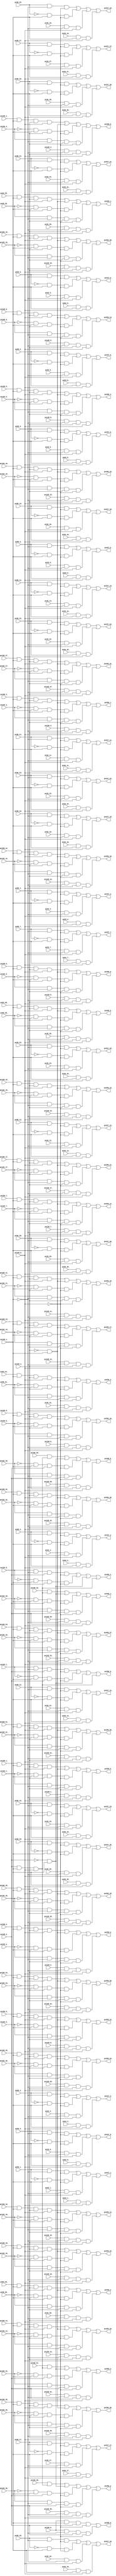
// Benchmark "top" written by ABC on Sat Apr  1 09:44:31 2023

module top ( 
    pv96_30_, pv128_5_, pv160_1_, pv160_12_, pv160_25_, pv96_31_, pv128_6_,
    pv160_2_, pv160_11_, pv160_26_, pv96_10_, pv96_21_, pv128_3_,
    pv160_14_, pv160_27_, pv192_0_, pv96_11_, pv96_20_, pv128_4_, pv160_0_,
    pv160_13_, pv160_28_, pv128_1_, pv160_5_, pv160_29_, pv128_2_,
    pv128_19_, pv160_6_, pv199_4_, pv160_3_, pv160_10_, pv128_0_, pv160_4_,
    pv32_7_, pv32_18_, pv32_29_, pv64_0_, pv96_9_, pv128_29_, pv192_19_,
    pv199_1_, pv32_6_, pv32_19_, pv32_28_, pv64_1_, pv96_8_, pv192_18_,
    pv199_0_, pv32_5_, pv192_17_, pv192_31_, pv199_3_, pv32_4_, pv192_16_,
    pv192_30_, pv32_3_, pv64_4_, pv96_5_, pv128_9_, pv192_15_, pv192_20_,
    pv32_2_, pv64_5_, pv96_4_, pv192_14_, pv192_21_, pv32_1_, pv64_2_,
    pv96_7_, pv128_7_, pv192_13_, pv32_0_, pv64_3_, pv96_6_, pv128_8_,
    pv192_12_, pv32_10_, pv32_21_, pv64_8_, pv64_17_, pv64_28_, pv96_1_,
    pv128_21_, pv192_11_, pv192_24_, pv32_11_, pv32_20_, pv64_9_, pv64_18_,
    pv64_27_, pv96_0_, pv128_22_, pv192_10_, pv192_25_, pv32_12_, pv32_23_,
    pv32_30_, pv64_6_, pv64_15_, pv64_26_, pv96_3_, pv128_10_, pv128_23_,
    pv192_22_, pv32_13_, pv32_22_, pv32_31_, pv64_7_, pv64_16_, pv64_25_,
    pv96_2_, pv128_24_, pv128_31_, pv192_23_, pv32_14_, pv32_25_,
    pv128_25_, pv192_28_, pv32_15_, pv32_24_, pv128_26_, pv192_9_,
    pv192_29_, pv195_0_, pv32_9_, pv32_16_, pv32_27_, pv64_19_, pv128_27_,
    pv192_26_, pv32_8_, pv32_17_, pv32_26_, pv64_29_, pv128_28_, pv192_27_,
    pv64_20_, pv64_31_, pv96_16_, pv96_27_, pv128_16_, pv160_9_, pv160_30_,
    pv192_6_, pv194_0_, pv64_10_, pv96_17_, pv96_26_, pv128_15_, pv160_19_,
    pv192_5_, pv96_18_, pv96_29_, pv128_18_, pv160_7_, pv192_8_, pv96_19_,
    pv96_28_, pv128_17_, pv160_8_, pv160_20_, pv192_7_, pv194_1_, pv64_13_,
    pv64_24_, pv96_12_, pv96_23_, pv128_12_, pv128_30_, pv160_16_,
    pv160_21_, pv192_2_, pv64_14_, pv64_23_, pv96_13_, pv96_22_, pv128_11_,
    pv160_15_, pv160_22_, pv192_1_, pv64_11_, pv64_22_, pv96_14_, pv96_25_,
    pv128_14_, pv160_18_, pv160_23_, pv192_4_, pv64_12_, pv64_21_,
    pv64_30_, pv96_15_, pv96_24_, pv128_13_, pv128_20_, pv160_17_,
    pv160_24_, pv160_31_, pv192_3_,
    pv227_10_, pv227_23_, pv266_6_, pv227_0_, pv227_24_, pv227_21_,
    pv266_4_, pv227_22_, pv266_5_, pv227_27_, pv259_0_, pv227_25_,
    pv259_2_, pv227_26_, pv259_1_, pv227_7_, pv227_18_, pv259_17_,
    pv227_8_, pv227_17_, pv259_16_, pv227_5_, pv227_16_, pv259_19_,
    pv227_6_, pv227_15_, pv259_18_, pv227_3_, pv227_14_, pv259_26_,
    pv266_2_, pv227_4_, pv227_13_, pv227_20_, pv259_27_, pv266_3_,
    pv227_1_, pv227_12_, pv259_28_, pv266_0_, pv227_2_, pv227_11_,
    pv259_29_, pv266_1_, pv259_22_, pv259_23_, pv259_11_, pv259_24_,
    pv259_10_, pv259_25_, pv259_13_, pv259_31_, pv259_12_, pv259_30_,
    pv227_9_, pv259_15_, pv259_20_, pv227_19_, pv259_14_, pv259_21_,
    pv259_4_, pv259_3_, pv259_6_, pv259_5_, pv259_8_, pv259_7_, pv259_9_  );
  input  pv96_30_, pv128_5_, pv160_1_, pv160_12_, pv160_25_, pv96_31_,
    pv128_6_, pv160_2_, pv160_11_, pv160_26_, pv96_10_, pv96_21_, pv128_3_,
    pv160_14_, pv160_27_, pv192_0_, pv96_11_, pv96_20_, pv128_4_, pv160_0_,
    pv160_13_, pv160_28_, pv128_1_, pv160_5_, pv160_29_, pv128_2_,
    pv128_19_, pv160_6_, pv199_4_, pv160_3_, pv160_10_, pv128_0_, pv160_4_,
    pv32_7_, pv32_18_, pv32_29_, pv64_0_, pv96_9_, pv128_29_, pv192_19_,
    pv199_1_, pv32_6_, pv32_19_, pv32_28_, pv64_1_, pv96_8_, pv192_18_,
    pv199_0_, pv32_5_, pv192_17_, pv192_31_, pv199_3_, pv32_4_, pv192_16_,
    pv192_30_, pv32_3_, pv64_4_, pv96_5_, pv128_9_, pv192_15_, pv192_20_,
    pv32_2_, pv64_5_, pv96_4_, pv192_14_, pv192_21_, pv32_1_, pv64_2_,
    pv96_7_, pv128_7_, pv192_13_, pv32_0_, pv64_3_, pv96_6_, pv128_8_,
    pv192_12_, pv32_10_, pv32_21_, pv64_8_, pv64_17_, pv64_28_, pv96_1_,
    pv128_21_, pv192_11_, pv192_24_, pv32_11_, pv32_20_, pv64_9_, pv64_18_,
    pv64_27_, pv96_0_, pv128_22_, pv192_10_, pv192_25_, pv32_12_, pv32_23_,
    pv32_30_, pv64_6_, pv64_15_, pv64_26_, pv96_3_, pv128_10_, pv128_23_,
    pv192_22_, pv32_13_, pv32_22_, pv32_31_, pv64_7_, pv64_16_, pv64_25_,
    pv96_2_, pv128_24_, pv128_31_, pv192_23_, pv32_14_, pv32_25_,
    pv128_25_, pv192_28_, pv32_15_, pv32_24_, pv128_26_, pv192_9_,
    pv192_29_, pv195_0_, pv32_9_, pv32_16_, pv32_27_, pv64_19_, pv128_27_,
    pv192_26_, pv32_8_, pv32_17_, pv32_26_, pv64_29_, pv128_28_, pv192_27_,
    pv64_20_, pv64_31_, pv96_16_, pv96_27_, pv128_16_, pv160_9_, pv160_30_,
    pv192_6_, pv194_0_, pv64_10_, pv96_17_, pv96_26_, pv128_15_, pv160_19_,
    pv192_5_, pv96_18_, pv96_29_, pv128_18_, pv160_7_, pv192_8_, pv96_19_,
    pv96_28_, pv128_17_, pv160_8_, pv160_20_, pv192_7_, pv194_1_, pv64_13_,
    pv64_24_, pv96_12_, pv96_23_, pv128_12_, pv128_30_, pv160_16_,
    pv160_21_, pv192_2_, pv64_14_, pv64_23_, pv96_13_, pv96_22_, pv128_11_,
    pv160_15_, pv160_22_, pv192_1_, pv64_11_, pv64_22_, pv96_14_, pv96_25_,
    pv128_14_, pv160_18_, pv160_23_, pv192_4_, pv64_12_, pv64_21_,
    pv64_30_, pv96_15_, pv96_24_, pv128_13_, pv128_20_, pv160_17_,
    pv160_24_, pv160_31_, pv192_3_;
  output pv227_10_, pv227_23_, pv266_6_, pv227_0_, pv227_24_, pv227_21_,
    pv266_4_, pv227_22_, pv266_5_, pv227_27_, pv259_0_, pv227_25_,
    pv259_2_, pv227_26_, pv259_1_, pv227_7_, pv227_18_, pv259_17_,
    pv227_8_, pv227_17_, pv259_16_, pv227_5_, pv227_16_, pv259_19_,
    pv227_6_, pv227_15_, pv259_18_, pv227_3_, pv227_14_, pv259_26_,
    pv266_2_, pv227_4_, pv227_13_, pv227_20_, pv259_27_, pv266_3_,
    pv227_1_, pv227_12_, pv259_28_, pv266_0_, pv227_2_, pv227_11_,
    pv259_29_, pv266_1_, pv259_22_, pv259_23_, pv259_11_, pv259_24_,
    pv259_10_, pv259_25_, pv259_13_, pv259_31_, pv259_12_, pv259_30_,
    pv227_9_, pv259_15_, pv259_20_, pv227_19_, pv259_14_, pv259_21_,
    pv259_4_, pv259_3_, pv259_6_, pv259_5_, pv259_8_, pv259_7_, pv259_9_;
  wire new_n_n185_, new_n_n224_, new_n_n156_, new_n_n167_, new_n_n180_,
    new_n_n186_, new_n_n225_, new_n_n157_, new_n_n166_, new_n_n181_,
    new_n_n286_, new_n_n297_, new_n_n222_, new_n_n169_, new_n_n182_,
    new_n_n187_, new_n_n287_, new_n_n296_, new_n_n223_, new_n_n155_,
    new_n_n168_, new_n_n135_, new_n_n220_, new_n_n160_, new_n_n136_,
    new_n_n221_, new_n_n238_, new_n_n161_, new_n_n246_, new_n_n158_,
    new_n_n165_, new_n_n219_, new_n_n159_, new_n_n311_, new_n_n322_,
    new_n_n216_, new_n_n248_, new_n_n285_, new_n_n147_, new_n_n206_,
    new_n_n333_, new_n_n310_, new_n_n323_, new_n_n215_, new_n_n249_,
    new_n_n284_, new_n_n205_, new_n_n331_, new_n_n309_, new_n_n204_,
    new_n_n142_, new_n_n149_, new_n_n308_, new_n_n203_, new_n_n141_,
    new_n_n307_, new_n_n252_, new_n_n281_, new_n_n228_, new_n_n202_,
    new_n_n207_, new_n_n306_, new_n_n253_, new_n_n280_, new_n_n201_,
    new_n_n208_, new_n_n305_, new_n_n250_, new_n_n283_, new_n_n226_,
    new_n_n200_, new_n_n304_, new_n_n251_, new_n_n282_, new_n_n227_,
    new_n_n199_, new_n_n314_, new_n_n325_, new_n_n256_, new_n_n265_,
    new_n_n151_, new_n_n277_, new_n_n240_, new_n_n198_, new_n_n211_,
    new_n_n315_, new_n_n324_, new_n_n257_, new_n_n266_, new_n_n275_,
    new_n_n276_, new_n_n241_, new_n_n197_, new_n_n212_, new_n_n316_,
    new_n_n327_, new_n_n217_, new_n_n254_, new_n_n263_, new_n_n274_,
    new_n_n279_, new_n_n229_, new_n_n242_, new_n_n209_, new_n_n317_,
    new_n_n326_, new_n_n218_, new_n_n255_, new_n_n264_, new_n_n273_,
    new_n_n278_, new_n_n243_, new_n_n150_, new_n_n210_, new_n_n318_,
    new_n_n329_, new_n_n244_, new_n_n139_, new_n_n319_, new_n_n328_,
    new_n_n245_, new_n_n196_, new_n_n140_, new_n_n145_, new_n_n313_,
    new_n_n320_, new_n_n332_, new_n_n267_, new_n_n247_, new_n_n213_,
    new_n_n312_, new_n_n321_, new_n_n330_, new_n_n152_, new_n_n146_,
    new_n_n214_, new_n_n268_, new_n_n154_, new_n_n292_, new_n_n303_,
    new_n_n235_, new_n_n164_, new_n_n137_, new_n_n193_, new_n_n143_,
    new_n_n258_, new_n_n293_, new_n_n302_, new_n_n234_, new_n_n174_,
    new_n_n192_, new_n_n294_, new_n_n184_, new_n_n237_, new_n_n162_,
    new_n_n195_, new_n_n295_, new_n_n183_, new_n_n236_, new_n_n163_,
    new_n_n175_, new_n_n194_, new_n_n144_, new_n_n261_, new_n_n272_,
    new_n_n288_, new_n_n299_, new_n_n231_, new_n_n148_, new_n_n171_,
    new_n_n176_, new_n_n189_, new_n_n262_, new_n_n271_, new_n_n289_,
    new_n_n298_, new_n_n230_, new_n_n170_, new_n_n177_, new_n_n188_,
    new_n_n259_, new_n_n270_, new_n_n290_, new_n_n301_, new_n_n233_,
    new_n_n173_, new_n_n178_, new_n_n191_, new_n_n260_, new_n_n269_,
    new_n_n153_, new_n_n291_, new_n_n300_, new_n_n232_, new_n_n239_,
    new_n_n172_, new_n_n179_, new_n_n138_, new_n_n190_, new_nv268_,
    new_nv290_, new_n_n132_, new_nv305_, new_n_n121_, new_nv316_,
    new_n_n110_, new_nv329_, new_nv340_, new_nv401_, new_nv413_,
    new_nv424_, new_nv435_, new_nv445_, new_n_n99_, new_nv456_, new_nv481_,
    new_nv492_, new_nv503_, new_nv546_, new_nv557_, new_nv568_, new_nv291_,
    new_nv299_, new_n_n126_, new_nv310_, new_n_n115_, new_nv321_,
    new_nv330_, new_nv339_, new_nv391_, new_nv414_, new_nv423_, new_nv436_,
    new_n_n105_, new_nv451_, new_n_n94_, new_nv482_, new_nv491_,
    new_nv504_, new_nv545_, new_nv558_, new_nv567_, new_nv292_,
    new_n_n131_, new_nv304_, new_n_n122_, new_nv317_, new_n_n109_,
    new_nv327_, new_nv338_, new_nv392_, new_nv403_, new_nv422_, new_nv437_,
    new_nv446_, new_n_n100_, new_nv455_, new_nv468_, new_n_n76_,
    new_nv505_, new_nv548_, new_nv555_, new_nv566_, new_nv293_, new_nv300_,
    new_n_n127_, new_nv309_, new_n_n114_, new_nv322_, new_nv328_,
    new_nv337_, new_nv393_, new_nv402_, new_nv412_, new_nv438_,
    new_n_n104_, new_nv450_, new_n_n95_, new_n_n81_, new_nv473_,
    new_nv506_, new_nv547_, new_nv556_, new_nv565_, new_nv272_, new_nv283_,
    new_nv318_, new_n_n108_, new_nv344_, new_nv383_, new_nv439_,
    new_nv447_, new_n_n97_, new_nv458_, new_n_n86_, new_nv539_, new_nv550_,
    new_nv561_, new_nv574_, new_n_n7_, new_nv273_, new_nv282_, new_n_n113_,
    new_nv323_, new_nv345_, new_nv382_, new_nv440_, new_n_n103_,
    new_n_n92_, new_n_n91_, new_nv463_, new_nv540_, new_nv549_, new_nv562_,
    new_nv572_, new_nv270_, new_nv281_, new_nv331_, new_nv342_, new_nv381_,
    new_nv441_, new_n_n98_, new_nv457_, new_nv541_, new_nv552_, new_nv559_,
    new_nv570_, new_nv269_, new_nv271_, new_nv280_, new_nv332_, new_nv341_,
    new_nv343_, new_n_n102_, new_nv452_, new_n_n93_, new_nv542_,
    new_nv551_, new_nv560_, new_nv569_, new_nv276_, new_nv287_, new_nv298_,
    new_n_n128_, new_nv348_, new_nv387_, new_nv398_, new_nv410_,
    new_nv421_, new_nv460_, new_n_n84_, new_nv471_, new_nv478_, new_nv489_,
    new_nv500_, new_n_n3_, new_nv277_, new_nv286_, new_n_n133_, new_nv303_,
    new_nv349_, new_nv386_, new_nv399_, new_nv408_, new_nv431_, new_n_n89_,
    new_nv465_, new_n_n78_, new_nv477_, new_nv490_, new_nv499_, new_n_n4_,
    new_nv274_, new_nv285_, new_nv308_, new_n_n118_, new_nv346_,
    new_nv385_, new_nv400_, new_nv419_, new_nv430_, new_nv459_, new_n_n85_,
    new_nv472_, new_nv480_, new_nv487_, new_nv498_, new_n_n5_, new_nv275_,
    new_nv284_, new_n_n123_, new_nv313_, new_nv347_, new_nv384_,
    new_nv411_, new_nv420_, new_nv429_, new_n_n90_, new_nv464_, new_n_n77_,
    new_nv479_, new_nv488_, new_nv497_, new_n_n6_, new_nv294_, new_n_n130_,
    new_nv307_, new_n_n119_, new_nv314_, new_n_n112_, new_nv325_,
    new_nv336_, new_nv352_, new_nv394_, new_nv405_, new_nv417_, new_nv428_,
    new_nv443_, new_n_n101_, new_nv454_, new_nv462_, new_n_n82_,
    new_nv469_, new_n_n75_, new_nv485_, new_nv496_, new_nv553_, new_nv564_,
    new_nv573_, new_nv295_, new_nv301_, new_n_n124_, new_nv312_,
    new_n_n117_, new_nv319_, new_nv326_, new_nv335_, new_nv390_,
    new_nv395_, new_nv404_, new_nv418_, new_nv427_, new_nv432_, new_nv449_,
    new_n_n96_, new_n_n87_, new_nv467_, new_n_n80_, new_nv474_, new_nv486_,
    new_nv495_, new_nv554_, new_nv563_, new_nv578_, new_nv278_, new_nv289_,
    new_nv297_, new_n_n129_, new_nv306_, new_n_n120_, new_nv315_,
    new_n_n111_, new_nv324_, new_nv334_, new_nv350_, new_nv389_,
    new_nv396_, new_nv407_, new_nv415_, new_nv426_, new_nv433_, new_nv444_,
    new_nv453_, new_nv461_, new_n_n83_, new_nv470_, new_nv476_, new_nv483_,
    new_nv494_, new_nv501_, new_nv544_, new_nv604_, new_nv279_, new_nv288_,
    new_n_n134_, new_nv302_, new_n_n125_, new_nv311_, new_n_n116_,
    new_nv320_, new_n_n107_, new_nv333_, new_nv351_, new_nv388_,
    new_nv397_, new_nv406_, new_nv416_, new_nv425_, new_nv434_,
    new_n_n106_, new_nv448_, new_n_n88_, new_nv466_, new_n_n79_,
    new_nv475_, new_nv484_, new_nv493_, new_nv502_, new_nv543_, new_n_n2_,
    new_nv580_, new_n_n68_, new_nv602_, new_n_n59_, new_n_n48_, new_n_n74_,
    new_nv586_, new_nv601_, new_n_n58_, new_n_n49_, new_nv579_, new_nv587_,
    new_nv605_, new_n_n61_, new_n_n50_, new_nv577_, new_nv588_, new_nv603_,
    new_n_n60_, new_n_n51_, new_nv571_, new_nv576_, new_n_n41_, new_n_n30_,
    new_n_n19_, new_n_n8_, new_nv575_, new_n_n40_, new_n_n31_, new_n_n18_,
    new_n_n9_, new_n_n39_, new_n_n28_, new_n_n21_, new_n_n10_, new_n_n38_,
    new_n_n29_, new_n_n20_, new_n_n11_, new_n_n67_, new_n_n56_, new_n_n45_,
    new_n_n34_, new_n_n23_, new_n_n12_, new_n_n66_, new_n_n57_, new_n_n44_,
    new_n_n35_, new_n_n22_, new_n_n13_, new_n_n71_, new_nv590_, new_n_n43_,
    new_n_n32_, new_n_n25_, new_n_n14_, new_nv583_, new_nv589_, new_n_n42_,
    new_n_n33_, new_n_n24_, new_n_n15_, new_nv582_, new_n_n70_, new_nv598_,
    new_n_n63_, new_n_n52_, new_n_n27_, new_n_n16_, new_n_n72_, new_nv584_,
    new_nv597_, new_n_n62_, new_n_n53_, new_n_n26_, new_n_n17_, new_nv581_,
    new_n_n69_, new_nv600_, new_n_n65_, new_n_n54_, new_n_n47_, new_n_n36_,
    new_n_n73_, new_nv585_, new_nv599_, new_n_n64_, new_n_n55_, new_n_n46_,
    new_n_n37_;
  assign new_n_n185_ = pv96_30_;
  assign new_n_n224_ = pv128_5_;
  assign new_n_n156_ = pv160_1_;
  assign new_n_n167_ = pv160_12_;
  assign new_n_n180_ = pv160_25_;
  assign pv227_10_ = new_n_n117_;
  assign pv227_23_ = new_n_n130_;
  assign pv266_6_ = new_n_n74_;
  assign new_n_n186_ = pv96_31_;
  assign new_n_n225_ = pv128_6_;
  assign new_n_n157_ = pv160_2_;
  assign new_n_n166_ = pv160_11_;
  assign new_n_n181_ = pv160_26_;
  assign pv227_0_ = new_n_n107_;
  assign pv227_24_ = new_n_n131_;
  assign new_n_n286_ = pv96_10_;
  assign new_n_n297_ = pv96_21_;
  assign new_n_n222_ = pv128_3_;
  assign new_n_n169_ = pv160_14_;
  assign new_n_n182_ = pv160_27_;
  assign new_n_n187_ = pv192_0_;
  assign pv227_21_ = new_n_n128_;
  assign pv266_4_ = new_n_n72_;
  assign new_n_n287_ = pv96_11_;
  assign new_n_n296_ = pv96_20_;
  assign new_n_n223_ = pv128_4_;
  assign new_n_n155_ = pv160_0_;
  assign new_n_n168_ = pv160_13_;
  assign new_n_n135_ = pv160_28_;
  assign pv227_22_ = new_n_n129_;
  assign pv266_5_ = new_n_n73_;
  assign new_n_n220_ = pv128_1_;
  assign new_n_n160_ = pv160_5_;
  assign new_n_n136_ = pv160_29_;
  assign pv227_27_ = new_n_n134_;
  assign pv259_0_ = new_n_n75_;
  assign new_n_n221_ = pv128_2_;
  assign new_n_n238_ = pv128_19_;
  assign new_n_n161_ = pv160_6_;
  assign new_n_n246_ = pv199_4_;
  assign new_n_n158_ = pv160_3_;
  assign new_n_n165_ = pv160_10_;
  assign pv227_25_ = new_n_n132_;
  assign pv259_2_ = new_n_n77_;
  assign new_n_n219_ = pv128_0_;
  assign new_n_n159_ = pv160_4_;
  assign pv227_26_ = new_n_n133_;
  assign pv259_1_ = new_n_n76_;
  assign new_n_n311_ = pv32_7_;
  assign new_n_n322_ = pv32_18_;
  assign new_n_n216_ = pv32_29_;
  assign new_n_n248_ = pv64_0_;
  assign new_n_n285_ = pv96_9_;
  assign new_n_n147_ = pv128_29_;
  assign new_n_n206_ = pv192_19_;
  assign new_n_n333_ = pv199_1_;
  assign pv227_7_ = new_n_n114_;
  assign pv227_18_ = new_n_n125_;
  assign pv259_17_ = new_n_n92_;
  assign new_n_n310_ = pv32_6_;
  assign new_n_n323_ = pv32_19_;
  assign new_n_n215_ = pv32_28_;
  assign new_n_n249_ = pv64_1_;
  assign new_n_n284_ = pv96_8_;
  assign new_n_n205_ = pv192_18_;
  assign new_n_n331_ = pv199_0_;
  assign pv227_8_ = new_n_n115_;
  assign pv227_17_ = new_n_n124_;
  assign pv259_16_ = new_n_n91_;
  assign new_n_n309_ = pv32_5_;
  assign new_n_n204_ = pv192_17_;
  assign new_n_n142_ = pv192_31_;
  assign new_n_n149_ = pv199_3_;
  assign pv227_5_ = new_n_n112_;
  assign pv227_16_ = new_n_n123_;
  assign pv259_19_ = new_n_n94_;
  assign new_n_n308_ = pv32_4_;
  assign new_n_n203_ = pv192_16_;
  assign new_n_n141_ = pv192_30_;
  assign pv227_6_ = new_n_n113_;
  assign pv227_15_ = new_n_n122_;
  assign pv259_18_ = new_n_n93_;
  assign new_n_n307_ = pv32_3_;
  assign new_n_n252_ = pv64_4_;
  assign new_n_n281_ = pv96_5_;
  assign new_n_n228_ = pv128_9_;
  assign new_n_n202_ = pv192_15_;
  assign new_n_n207_ = pv192_20_;
  assign pv227_3_ = new_n_n110_;
  assign pv227_14_ = new_n_n121_;
  assign pv259_26_ = new_n_n101_;
  assign pv266_2_ = new_n_n70_;
  assign new_n_n306_ = pv32_2_;
  assign new_n_n253_ = pv64_5_;
  assign new_n_n280_ = pv96_4_;
  assign new_n_n201_ = pv192_14_;
  assign new_n_n208_ = pv192_21_;
  assign pv227_4_ = new_n_n111_;
  assign pv227_13_ = new_n_n120_;
  assign pv227_20_ = new_n_n127_;
  assign pv259_27_ = new_n_n102_;
  assign pv266_3_ = new_n_n71_;
  assign new_n_n305_ = pv32_1_;
  assign new_n_n250_ = pv64_2_;
  assign new_n_n283_ = pv96_7_;
  assign new_n_n226_ = pv128_7_;
  assign new_n_n200_ = pv192_13_;
  assign pv227_1_ = new_n_n108_;
  assign pv227_12_ = new_n_n119_;
  assign pv259_28_ = new_n_n103_;
  assign pv266_0_ = new_n_n68_;
  assign new_n_n304_ = pv32_0_;
  assign new_n_n251_ = pv64_3_;
  assign new_n_n282_ = pv96_6_;
  assign new_n_n227_ = pv128_8_;
  assign new_n_n199_ = pv192_12_;
  assign pv227_2_ = new_n_n109_;
  assign pv227_11_ = new_n_n118_;
  assign pv259_29_ = new_n_n104_;
  assign pv266_1_ = new_n_n69_;
  assign new_n_n314_ = pv32_10_;
  assign new_n_n325_ = pv32_21_;
  assign new_n_n256_ = pv64_8_;
  assign new_n_n265_ = pv64_17_;
  assign new_n_n151_ = pv64_28_;
  assign new_n_n277_ = pv96_1_;
  assign new_n_n240_ = pv128_21_;
  assign new_n_n198_ = pv192_11_;
  assign new_n_n211_ = pv192_24_;
  assign pv259_22_ = new_n_n97_;
  assign new_n_n315_ = pv32_11_;
  assign new_n_n324_ = pv32_20_;
  assign new_n_n257_ = pv64_9_;
  assign new_n_n266_ = pv64_18_;
  assign new_n_n275_ = pv64_27_;
  assign new_n_n276_ = pv96_0_;
  assign new_n_n241_ = pv128_22_;
  assign new_n_n197_ = pv192_10_;
  assign new_n_n212_ = pv192_25_;
  assign pv259_23_ = new_n_n98_;
  assign new_n_n316_ = pv32_12_;
  assign new_n_n327_ = pv32_23_;
  assign new_n_n217_ = pv32_30_;
  assign new_n_n254_ = pv64_6_;
  assign new_n_n263_ = pv64_15_;
  assign new_n_n274_ = pv64_26_;
  assign new_n_n279_ = pv96_3_;
  assign new_n_n229_ = pv128_10_;
  assign new_n_n242_ = pv128_23_;
  assign new_n_n209_ = pv192_22_;
  assign pv259_11_ = new_n_n86_;
  assign pv259_24_ = new_n_n99_;
  assign new_n_n317_ = pv32_13_;
  assign new_n_n326_ = pv32_22_;
  assign new_n_n218_ = pv32_31_;
  assign new_n_n255_ = pv64_7_;
  assign new_n_n264_ = pv64_16_;
  assign new_n_n273_ = pv64_25_;
  assign new_n_n278_ = pv96_2_;
  assign new_n_n243_ = pv128_24_;
  assign new_n_n150_ = pv128_31_;
  assign new_n_n210_ = pv192_23_;
  assign pv259_10_ = new_n_n85_;
  assign pv259_25_ = new_n_n100_;
  assign new_n_n318_ = pv32_14_;
  assign new_n_n329_ = pv32_25_;
  assign new_n_n244_ = pv128_25_;
  assign new_n_n139_ = pv192_28_;
  assign pv259_13_ = new_n_n88_;
  assign pv259_31_ = new_n_n106_;
  assign new_n_n319_ = pv32_15_;
  assign new_n_n328_ = pv32_24_;
  assign new_n_n245_ = pv128_26_;
  assign new_n_n196_ = pv192_9_;
  assign new_n_n140_ = pv192_29_;
  assign new_n_n145_ = pv195_0_;
  assign pv259_12_ = new_n_n87_;
  assign pv259_30_ = new_n_n105_;
  assign new_n_n313_ = pv32_9_;
  assign new_n_n320_ = pv32_16_;
  assign new_n_n332_ = pv32_27_;
  assign new_n_n267_ = pv64_19_;
  assign new_n_n247_ = pv128_27_;
  assign new_n_n213_ = pv192_26_;
  assign pv227_9_ = new_n_n116_;
  assign pv259_15_ = new_n_n90_;
  assign pv259_20_ = new_n_n95_;
  assign new_n_n312_ = pv32_8_;
  assign new_n_n321_ = pv32_17_;
  assign new_n_n330_ = pv32_26_;
  assign new_n_n152_ = pv64_29_;
  assign new_n_n146_ = pv128_28_;
  assign new_n_n214_ = pv192_27_;
  assign pv227_19_ = new_n_n126_;
  assign pv259_14_ = new_n_n89_;
  assign pv259_21_ = new_n_n96_;
  assign new_n_n268_ = pv64_20_;
  assign new_n_n154_ = pv64_31_;
  assign new_n_n292_ = pv96_16_;
  assign new_n_n303_ = pv96_27_;
  assign new_n_n235_ = pv128_16_;
  assign new_n_n164_ = pv160_9_;
  assign new_n_n137_ = pv160_30_;
  assign new_n_n193_ = pv192_6_;
  assign new_n_n143_ = pv194_0_;
  assign pv259_4_ = new_n_n79_;
  assign new_n_n258_ = pv64_10_;
  assign new_n_n293_ = pv96_17_;
  assign new_n_n302_ = pv96_26_;
  assign new_n_n234_ = pv128_15_;
  assign new_n_n174_ = pv160_19_;
  assign new_n_n192_ = pv192_5_;
  assign pv259_3_ = new_n_n78_;
  assign new_n_n294_ = pv96_18_;
  assign new_n_n184_ = pv96_29_;
  assign new_n_n237_ = pv128_18_;
  assign new_n_n162_ = pv160_7_;
  assign new_n_n195_ = pv192_8_;
  assign pv259_6_ = new_n_n81_;
  assign new_n_n295_ = pv96_19_;
  assign new_n_n183_ = pv96_28_;
  assign new_n_n236_ = pv128_17_;
  assign new_n_n163_ = pv160_8_;
  assign new_n_n175_ = pv160_20_;
  assign new_n_n194_ = pv192_7_;
  assign new_n_n144_ = pv194_1_;
  assign pv259_5_ = new_n_n80_;
  assign new_n_n261_ = pv64_13_;
  assign new_n_n272_ = pv64_24_;
  assign new_n_n288_ = pv96_12_;
  assign new_n_n299_ = pv96_23_;
  assign new_n_n231_ = pv128_12_;
  assign new_n_n148_ = pv128_30_;
  assign new_n_n171_ = pv160_16_;
  assign new_n_n176_ = pv160_21_;
  assign new_n_n189_ = pv192_2_;
  assign pv259_8_ = new_n_n83_;
  assign new_n_n262_ = pv64_14_;
  assign new_n_n271_ = pv64_23_;
  assign new_n_n289_ = pv96_13_;
  assign new_n_n298_ = pv96_22_;
  assign new_n_n230_ = pv128_11_;
  assign new_n_n170_ = pv160_15_;
  assign new_n_n177_ = pv160_22_;
  assign new_n_n188_ = pv192_1_;
  assign pv259_7_ = new_n_n82_;
  assign new_n_n259_ = pv64_11_;
  assign new_n_n270_ = pv64_22_;
  assign new_n_n290_ = pv96_14_;
  assign new_n_n301_ = pv96_25_;
  assign new_n_n233_ = pv128_14_;
  assign new_n_n173_ = pv160_18_;
  assign new_n_n178_ = pv160_23_;
  assign new_n_n191_ = pv192_4_;
  assign new_n_n260_ = pv64_12_;
  assign new_n_n269_ = pv64_21_;
  assign new_n_n153_ = pv64_30_;
  assign new_n_n291_ = pv96_15_;
  assign new_n_n300_ = pv96_24_;
  assign new_n_n232_ = pv128_13_;
  assign new_n_n239_ = pv128_20_;
  assign new_n_n172_ = pv160_17_;
  assign new_n_n179_ = pv160_24_;
  assign new_n_n138_ = pv160_31_;
  assign new_n_n190_ = pv192_3_;
  assign pv259_9_ = new_n_n84_;
  assign new_nv268_ = new_n_n332_ & new_nv573_ & new_n_n331_;
  assign new_nv290_ = new_n_n309_ & new_nv573_ & new_n_n331_;
  assign new_n_n132_ = new_nv299_ | new_nv383_ | new_nv270_ | new_nv327_;
  assign new_nv305_ = new_n_n295_ & new_nv573_ & new_nv578_;
  assign new_n_n121_ = new_nv310_ | new_nv394_ | new_nv281_ | new_nv338_;
  assign new_nv316_ = new_n_n284_ & new_nv573_ & new_nv578_;
  assign new_n_n110_ = new_nv321_ | new_nv405_ | new_nv292_ | new_nv349_;
  assign new_nv329_ = new_n_n271_ & new_n_n333_ & new_n_n331_;
  assign new_nv340_ = new_n_n260_ & new_n_n333_ & new_n_n331_;
  assign new_nv401_ = new_n_n9_ & new_n_n333_ & new_nv578_;
  assign new_nv413_ = new_n_n243_ & new_nv573_ & new_n_n246_ & new_n_n331_;
  assign new_nv424_ = new_n_n232_ & new_nv573_ & new_n_n246_ & new_n_n331_;
  assign new_nv435_ = new_n_n221_ & new_nv573_ & new_n_n246_ & new_n_n331_;
  assign new_nv445_ = new_n_n212_ & new_nv573_ & new_n_n246_ & new_nv578_;
  assign new_n_n99_ = new_nv482_ | new_nv572_ | new_nv546_ | new_nv450_ | new_nv417_;
  assign new_nv456_ = new_n_n201_ & new_nv573_ & new_n_n246_ & new_nv578_;
  assign new_nv481_ = new_n_n176_ & new_n_n333_ & new_n_n246_ & new_n_n331_;
  assign new_nv492_ = new_n_n165_ & new_n_n333_ & new_n_n246_ & new_n_n331_;
  assign new_nv503_ = new_n_n154_ & new_n_n333_ & new_n_n246_ & new_n_n331_;
  assign new_nv546_ = new_n_n54_ & new_n_n333_ & new_n_n246_ & new_nv578_;
  assign new_nv557_ = new_n_n43_ & new_n_n333_ & new_n_n246_ & new_nv578_;
  assign new_nv568_ = new_n_n32_ & new_n_n333_ & new_n_n246_ & new_nv578_;
  assign new_nv291_ = new_n_n308_ & new_nv573_ & new_n_n331_;
  assign new_nv299_ = new_n_n301_ & new_nv573_ & new_nv578_;
  assign new_n_n126_ = new_nv305_ | new_nv389_ | new_nv276_ | new_nv333_;
  assign new_nv310_ = new_n_n290_ & new_nv573_ & new_nv578_;
  assign new_n_n115_ = new_nv316_ | new_nv400_ | new_nv287_ | new_nv344_;
  assign new_nv321_ = new_n_n279_ & new_nv573_ & new_nv578_;
  assign new_nv330_ = new_n_n270_ & new_n_n333_ & new_n_n331_;
  assign new_nv339_ = new_n_n261_ & new_n_n333_ & new_n_n331_;
  assign new_nv391_ = new_n_n19_ & new_n_n333_ & new_nv578_;
  assign new_nv414_ = new_n_n242_ & new_nv573_ & new_n_n246_ & new_n_n331_;
  assign new_nv423_ = new_n_n233_ & new_nv573_ & new_n_n246_ & new_n_n331_;
  assign new_nv436_ = new_n_n220_ & new_nv573_ & new_n_n246_ & new_n_n331_;
  assign new_n_n105_ = new_nv476_ | new_nv572_ | new_nv540_ | new_nv444_ | new_nv411_;
  assign new_nv451_ = new_n_n206_ & new_nv573_ & new_n_n246_ & new_nv578_;
  assign new_n_n94_ = new_nv487_ | new_nv572_ | new_nv551_ | new_nv455_ | new_nv422_;
  assign new_nv482_ = new_n_n175_ & new_n_n333_ & new_n_n246_ & new_n_n331_;
  assign new_nv491_ = new_n_n166_ & new_n_n333_ & new_n_n246_ & new_n_n331_;
  assign new_nv504_ = new_n_n153_ & new_n_n333_ & new_n_n246_ & new_n_n331_;
  assign new_nv545_ = new_n_n55_ & new_n_n333_ & new_n_n246_ & new_nv578_;
  assign new_nv558_ = new_n_n42_ & new_n_n333_ & new_n_n246_ & new_nv578_;
  assign new_nv567_ = new_n_n33_ & new_n_n333_ & new_n_n246_ & new_nv578_;
  assign new_nv292_ = new_n_n307_ & new_nv573_ & new_n_n331_;
  assign new_n_n131_ = new_nv300_ | new_nv384_ | new_nv271_ | new_nv328_;
  assign new_nv304_ = new_n_n296_ & new_nv573_ & new_nv578_;
  assign new_n_n122_ = new_nv309_ | new_nv393_ | new_nv280_ | new_nv337_;
  assign new_nv317_ = new_n_n283_ & new_nv573_ & new_nv578_;
  assign new_n_n109_ = new_nv322_ | new_nv406_ | new_nv293_ | new_nv350_;
  assign new_nv327_ = new_n_n273_ & new_n_n333_ & new_n_n331_;
  assign new_nv338_ = new_n_n262_ & new_n_n333_ & new_n_n331_;
  assign new_nv392_ = new_n_n18_ & new_n_n333_ & new_nv578_;
  assign new_nv403_ = new_n_n7_ & new_n_n333_ & new_nv578_;
  assign new_nv422_ = new_n_n234_ & new_nv573_ & new_n_n246_ & new_n_n331_;
  assign new_nv437_ = new_n_n219_ & new_nv573_ & new_n_n246_ & new_n_n331_;
  assign new_nv446_ = new_n_n211_ & new_nv573_ & new_n_n246_ & new_nv578_;
  assign new_n_n100_ = new_nv481_ | new_nv572_ | new_nv545_ | new_nv449_ | new_nv416_;
  assign new_nv455_ = new_n_n202_ & new_nv573_ & new_n_n246_ & new_nv578_;
  assign new_nv468_ = new_n_n189_ & new_nv573_ & new_n_n246_ & new_nv578_;
  assign new_n_n76_ = new_nv505_ | new_nv572_ | new_nv569_ | new_nv473_ | new_nv440_;
  assign new_nv505_ = new_n_n152_ & new_n_n333_ & new_n_n246_ & new_n_n331_;
  assign new_nv548_ = new_n_n52_ & new_n_n333_ & new_n_n246_ & new_nv578_;
  assign new_nv555_ = new_n_n45_ & new_n_n333_ & new_n_n246_ & new_nv578_;
  assign new_nv566_ = new_n_n34_ & new_n_n333_ & new_n_n246_ & new_nv578_;
  assign new_nv293_ = new_n_n306_ & new_nv573_ & new_n_n331_;
  assign new_nv300_ = new_n_n300_ & new_nv573_ & new_nv578_;
  assign new_n_n127_ = new_nv304_ | new_nv388_ | new_nv275_ | new_nv332_;
  assign new_nv309_ = new_n_n291_ & new_nv573_ & new_nv578_;
  assign new_n_n114_ = new_nv317_ | new_nv401_ | new_nv288_ | new_nv345_;
  assign new_nv322_ = new_n_n278_ & new_nv573_ & new_nv578_;
  assign new_nv328_ = new_n_n272_ & new_n_n333_ & new_n_n331_;
  assign new_nv337_ = new_n_n263_ & new_n_n333_ & new_n_n331_;
  assign new_nv393_ = new_n_n17_ & new_n_n333_ & new_nv578_;
  assign new_nv402_ = new_n_n8_ & new_n_n333_ & new_nv578_;
  assign new_nv412_ = new_n_n244_ & new_nv573_ & new_n_n246_ & new_n_n331_;
  assign new_nv438_ = new_n_n218_ & new_nv573_ & new_n_n246_ & new_n_n331_;
  assign new_n_n104_ = new_nv477_ | new_nv572_ | new_nv541_ | new_nv445_ | new_nv412_;
  assign new_nv450_ = new_n_n207_ & new_nv573_ & new_n_n246_ & new_nv578_;
  assign new_n_n95_ = new_nv486_ | new_nv572_ | new_nv550_ | new_nv454_ | new_nv421_;
  assign new_n_n81_ = new_nv500_ | new_nv572_ | new_nv564_ | new_nv468_ | new_nv435_;
  assign new_nv473_ = new_n_n184_ & new_nv573_ & new_n_n246_ & new_nv578_;
  assign new_nv506_ = new_n_n151_ & new_n_n333_ & new_n_n246_ & new_n_n331_;
  assign new_nv547_ = new_n_n53_ & new_n_n333_ & new_n_n246_ & new_nv578_;
  assign new_nv556_ = new_n_n44_ & new_n_n333_ & new_n_n246_ & new_nv578_;
  assign new_nv565_ = new_n_n35_ & new_n_n333_ & new_n_n246_ & new_nv578_;
  assign new_nv272_ = new_n_n327_ & new_nv573_ & new_n_n331_;
  assign new_nv283_ = new_n_n316_ & new_nv573_ & new_n_n331_;
  assign new_nv318_ = new_n_n282_ & new_nv573_ & new_nv578_;
  assign new_n_n108_ = new_nv323_ | new_nv407_ | new_nv294_ | new_nv351_;
  assign new_nv344_ = new_n_n256_ & new_n_n333_ & new_n_n331_;
  assign new_nv383_ = new_n_n27_ & new_n_n333_ & new_nv578_;
  assign new_nv439_ = new_n_n217_ & new_nv573_ & new_n_n246_ & new_n_n331_;
  assign new_nv447_ = new_n_n210_ & new_nv573_ & new_n_n246_ & new_nv578_;
  assign new_n_n97_ = new_nv484_ | new_nv572_ | new_nv548_ | new_nv452_ | new_nv419_;
  assign new_nv458_ = new_n_n199_ & new_nv573_ & new_n_n246_ & new_nv578_;
  assign new_n_n86_ = new_nv495_ | new_nv572_ | new_nv559_ | new_nv463_ | new_nv430_;
  assign new_nv539_ = new_n_n61_ & new_n_n333_ & new_n_n246_ & new_nv578_;
  assign new_nv550_ = new_n_n50_ & new_n_n333_ & new_n_n246_ & new_nv578_;
  assign new_nv561_ = new_n_n39_ & new_n_n333_ & new_n_n246_ & new_nv578_;
  assign new_nv574_ = new_n_n150_ & new_nv573_ & new_n_n149_ & new_n_n331_;
  assign new_n_n7_ = ~new_n_n281_;
  assign new_nv273_ = new_n_n326_ & new_nv573_ & new_n_n331_;
  assign new_nv282_ = new_n_n317_ & new_nv573_ & new_n_n331_;
  assign new_n_n113_ = new_nv318_ | new_nv402_ | new_nv289_ | new_nv346_;
  assign new_nv323_ = new_n_n277_ & new_nv573_ & new_nv578_;
  assign new_nv345_ = new_n_n255_ & new_n_n333_ & new_n_n331_;
  assign new_nv382_ = new_n_n28_ & new_n_n333_ & new_nv578_;
  assign new_nv440_ = new_n_n216_ & new_nv573_ & new_n_n246_ & new_n_n331_;
  assign new_n_n103_ = new_nv478_ | new_nv572_ | new_nv542_ | new_nv446_ | new_nv413_;
  assign new_n_n92_ = new_nv489_ | new_nv572_ | new_nv553_ | new_nv457_ | new_nv424_;
  assign new_n_n91_ = new_nv490_ | new_nv572_ | new_nv554_ | new_nv458_ | new_nv425_;
  assign new_nv463_ = new_n_n194_ & new_nv573_ & new_n_n246_ & new_nv578_;
  assign new_nv540_ = new_n_n60_ & new_n_n333_ & new_n_n246_ & new_nv578_;
  assign new_nv549_ = new_n_n51_ & new_n_n333_ & new_n_n246_ & new_nv578_;
  assign new_nv562_ = new_n_n38_ & new_n_n333_ & new_n_n246_ & new_nv578_;
  assign new_nv572_ = new_nv571_ & new_n_n333_;
  assign new_nv270_ = new_n_n329_ & new_nv573_ & new_n_n331_;
  assign new_nv281_ = new_n_n318_ & new_nv573_ & new_n_n331_;
  assign new_nv331_ = new_n_n269_ & new_n_n333_ & new_n_n331_;
  assign new_nv342_ = new_n_n258_ & new_n_n333_ & new_n_n331_;
  assign new_nv381_ = new_n_n29_ & new_n_n333_ & new_nv578_;
  assign new_nv441_ = new_n_n215_ & new_nv573_ & new_n_n246_ & new_n_n331_;
  assign new_n_n98_ = new_nv483_ | new_nv572_ | new_nv547_ | new_nv451_ | new_nv418_;
  assign new_nv457_ = new_n_n200_ & new_nv573_ & new_n_n246_ & new_nv578_;
  assign new_nv541_ = new_n_n59_ & new_n_n333_ & new_n_n246_ & new_nv578_;
  assign new_nv552_ = new_n_n48_ & new_n_n333_ & new_n_n246_ & new_nv578_;
  assign new_nv559_ = new_n_n41_ & new_n_n333_ & new_n_n246_ & new_nv578_;
  assign new_nv570_ = new_n_n30_ & new_n_n333_ & new_n_n246_ & new_nv578_;
  assign new_nv269_ = new_n_n330_ & new_nv573_ & new_n_n331_;
  assign new_nv271_ = new_n_n328_ & new_nv573_ & new_n_n331_;
  assign new_nv280_ = new_n_n319_ & new_nv573_ & new_n_n331_;
  assign new_nv332_ = new_n_n268_ & new_n_n333_ & new_n_n331_;
  assign new_nv341_ = new_n_n259_ & new_n_n333_ & new_n_n331_;
  assign new_nv343_ = new_n_n257_ & new_n_n333_ & new_n_n331_;
  assign new_n_n102_ = new_nv479_ | new_nv572_ | new_nv543_ | new_nv447_ | new_nv414_;
  assign new_nv452_ = new_n_n205_ & new_nv573_ & new_n_n246_ & new_nv578_;
  assign new_n_n93_ = new_nv488_ | new_nv572_ | new_nv552_ | new_nv456_ | new_nv423_;
  assign new_nv542_ = new_n_n58_ & new_n_n333_ & new_n_n246_ & new_nv578_;
  assign new_nv551_ = new_n_n49_ & new_n_n333_ & new_n_n246_ & new_nv578_;
  assign new_nv560_ = new_n_n40_ & new_n_n333_ & new_n_n246_ & new_nv578_;
  assign new_nv569_ = new_n_n31_ & new_n_n333_ & new_n_n246_ & new_nv578_;
  assign new_nv276_ = new_n_n323_ & new_nv573_ & new_n_n331_;
  assign new_nv287_ = new_n_n312_ & new_nv573_ & new_n_n331_;
  assign new_nv298_ = new_n_n302_ & new_nv573_ & new_nv578_;
  assign new_n_n128_ = new_nv303_ | new_nv387_ | new_nv274_ | new_nv331_;
  assign new_nv348_ = new_n_n252_ & new_n_n333_ & new_n_n331_;
  assign new_nv387_ = new_n_n23_ & new_n_n333_ & new_nv578_;
  assign new_nv398_ = new_n_n12_ & new_n_n333_ & new_nv578_;
  assign new_nv410_ = new_n_n247_ & new_nv573_ & new_n_n246_ & new_n_n331_;
  assign new_nv421_ = new_n_n235_ & new_nv573_ & new_n_n246_ & new_n_n331_;
  assign new_nv460_ = new_n_n197_ & new_nv573_ & new_n_n246_ & new_nv578_;
  assign new_n_n84_ = new_nv497_ | new_nv572_ | new_nv561_ | new_nv465_ | new_nv432_;
  assign new_nv471_ = new_n_n186_ & new_nv573_ & new_n_n246_ & new_nv578_;
  assign new_nv478_ = new_n_n179_ & new_n_n333_ & new_n_n246_ & new_n_n331_;
  assign new_nv489_ = new_n_n168_ & new_n_n333_ & new_n_n246_ & new_n_n331_;
  assign new_nv500_ = new_n_n157_ & new_n_n333_ & new_n_n246_ & new_n_n331_;
  assign new_n_n3_ = ~new_n_n277_;
  assign new_nv277_ = new_n_n322_ & new_nv573_ & new_n_n331_;
  assign new_nv286_ = new_n_n313_ & new_nv573_ & new_n_n331_;
  assign new_n_n133_ = new_nv298_ | new_nv382_ | new_nv269_ | new_nv326_;
  assign new_nv303_ = new_n_n297_ & new_nv573_ & new_nv578_;
  assign new_nv349_ = new_n_n251_ & new_n_n333_ & new_n_n331_;
  assign new_nv386_ = new_n_n24_ & new_n_n333_ & new_nv578_;
  assign new_nv399_ = new_n_n11_ & new_n_n333_ & new_nv578_;
  assign new_nv408_ = new_n_n2_ & new_n_n333_ & new_nv578_;
  assign new_nv431_ = new_n_n225_ & new_nv573_ & new_n_n246_ & new_n_n331_;
  assign new_n_n89_ = new_nv492_ | new_nv572_ | new_nv556_ | new_nv460_ | new_nv427_;
  assign new_nv465_ = new_n_n192_ & new_nv573_ & new_n_n246_ & new_nv578_;
  assign new_n_n78_ = new_nv503_ | new_nv572_ | new_nv567_ | new_nv471_ | new_nv438_;
  assign new_nv477_ = new_n_n180_ & new_n_n333_ & new_n_n246_ & new_n_n331_;
  assign new_nv490_ = new_n_n167_ & new_n_n333_ & new_n_n246_ & new_n_n331_;
  assign new_nv499_ = new_n_n158_ & new_n_n333_ & new_n_n246_ & new_n_n331_;
  assign new_n_n4_ = ~new_n_n278_;
  assign new_nv274_ = new_n_n325_ & new_nv573_ & new_n_n331_;
  assign new_nv285_ = new_n_n314_ & new_nv573_ & new_n_n331_;
  assign new_nv308_ = new_n_n292_ & new_nv573_ & new_nv578_;
  assign new_n_n118_ = new_nv313_ | new_nv397_ | new_nv284_ | new_nv341_;
  assign new_nv346_ = new_n_n254_ & new_n_n333_ & new_n_n331_;
  assign new_nv385_ = new_n_n25_ & new_n_n333_ & new_nv578_;
  assign new_nv400_ = new_n_n10_ & new_n_n333_ & new_nv578_;
  assign new_nv419_ = new_n_n237_ & new_nv573_ & new_n_n246_ & new_n_n331_;
  assign new_nv430_ = new_n_n226_ & new_nv573_ & new_n_n246_ & new_n_n331_;
  assign new_nv459_ = new_n_n198_ & new_nv573_ & new_n_n246_ & new_nv578_;
  assign new_n_n85_ = new_nv496_ | new_nv572_ | new_nv560_ | new_nv464_ | new_nv431_;
  assign new_nv472_ = new_n_n185_ & new_nv573_ & new_n_n246_ & new_nv578_;
  assign new_nv480_ = new_n_n177_ & new_n_n333_ & new_n_n246_ & new_n_n331_;
  assign new_nv487_ = new_n_n170_ & new_n_n333_ & new_n_n246_ & new_n_n331_;
  assign new_nv498_ = new_n_n159_ & new_n_n333_ & new_n_n246_ & new_n_n331_;
  assign new_n_n5_ = ~new_n_n279_;
  assign new_nv275_ = new_n_n324_ & new_nv573_ & new_n_n331_;
  assign new_nv284_ = new_n_n315_ & new_nv573_ & new_n_n331_;
  assign new_n_n123_ = new_nv308_ | new_nv392_ | new_nv279_ | new_nv336_;
  assign new_nv313_ = new_n_n287_ & new_nv573_ & new_nv578_;
  assign new_nv347_ = new_n_n253_ & new_n_n333_ & new_n_n331_;
  assign new_nv384_ = new_n_n26_ & new_n_n333_ & new_nv578_;
  assign new_nv411_ = new_n_n245_ & new_nv573_ & new_n_n246_ & new_n_n331_;
  assign new_nv420_ = new_n_n236_ & new_nv573_ & new_n_n246_ & new_n_n331_;
  assign new_nv429_ = new_n_n227_ & new_nv573_ & new_n_n246_ & new_n_n331_;
  assign new_n_n90_ = new_nv491_ | new_nv572_ | new_nv555_ | new_nv459_ | new_nv426_;
  assign new_nv464_ = new_n_n193_ & new_nv573_ & new_n_n246_ & new_nv578_;
  assign new_n_n77_ = new_nv504_ | new_nv572_ | new_nv568_ | new_nv472_ | new_nv439_;
  assign new_nv479_ = new_n_n178_ & new_n_n333_ & new_n_n246_ & new_n_n331_;
  assign new_nv488_ = new_n_n169_ & new_n_n333_ & new_n_n246_ & new_n_n331_;
  assign new_nv497_ = new_n_n160_ & new_n_n333_ & new_n_n246_ & new_n_n331_;
  assign new_n_n6_ = ~new_n_n280_;
  assign new_nv294_ = new_n_n305_ & new_nv573_ & new_n_n331_;
  assign new_n_n130_ = new_nv301_ | new_nv385_ | new_nv272_ | new_nv329_;
  assign new_nv307_ = new_n_n293_ & new_nv573_ & new_nv578_;
  assign new_n_n119_ = new_nv312_ | new_nv396_ | new_nv283_ | new_nv340_;
  assign new_nv314_ = new_n_n286_ & new_nv573_ & new_nv578_;
  assign new_n_n112_ = new_nv319_ | new_nv403_ | new_nv290_ | new_nv347_;
  assign new_nv325_ = new_n_n275_ & new_n_n333_ & new_n_n331_;
  assign new_nv336_ = new_n_n264_ & new_n_n333_ & new_n_n331_;
  assign new_nv352_ = new_n_n248_ & new_n_n333_ & new_n_n331_;
  assign new_nv394_ = new_n_n16_ & new_n_n333_ & new_nv578_;
  assign new_nv405_ = new_n_n5_ & new_n_n333_ & new_nv578_;
  assign new_nv417_ = new_n_n239_ & new_nv573_ & new_n_n246_ & new_n_n331_;
  assign new_nv428_ = new_n_n228_ & new_nv573_ & new_n_n246_ & new_n_n331_;
  assign new_nv443_ = new_n_n214_ & new_nv573_ & new_n_n246_ & new_nv578_;
  assign new_n_n101_ = new_nv480_ | new_nv572_ | new_nv544_ | new_nv448_ | new_nv415_;
  assign new_nv454_ = new_n_n203_ & new_nv573_ & new_n_n246_ & new_nv578_;
  assign new_nv462_ = new_n_n195_ & new_nv573_ & new_n_n246_ & new_nv578_;
  assign new_n_n82_ = new_nv499_ | new_nv572_ | new_nv563_ | new_nv467_ | new_nv434_;
  assign new_nv469_ = new_n_n188_ & new_nv573_ & new_n_n246_ & new_nv578_;
  assign new_n_n75_ = new_nv506_ | new_nv572_ | new_nv570_ | new_nv474_ | new_nv441_;
  assign new_nv485_ = new_n_n172_ & new_n_n333_ & new_n_n246_ & new_n_n331_;
  assign new_nv496_ = new_n_n161_ & new_n_n333_ & new_n_n246_ & new_n_n331_;
  assign new_nv553_ = new_n_n47_ & new_n_n333_ & new_n_n246_ & new_nv578_;
  assign new_nv564_ = new_n_n36_ & new_n_n333_ & new_n_n246_ & new_nv578_;
  assign new_nv573_ = ~new_n_n333_;
  assign new_nv295_ = new_n_n304_ & new_nv573_ & new_n_n331_;
  assign new_nv301_ = new_n_n299_ & new_nv573_ & new_nv578_;
  assign new_n_n124_ = new_nv307_ | new_nv391_ | new_nv278_ | new_nv335_;
  assign new_nv312_ = new_n_n288_ & new_nv573_ & new_nv578_;
  assign new_n_n117_ = new_nv314_ | new_nv398_ | new_nv285_ | new_nv342_;
  assign new_nv319_ = new_n_n281_ & new_nv573_ & new_nv578_;
  assign new_nv326_ = new_n_n274_ & new_n_n333_ & new_n_n331_;
  assign new_nv335_ = new_n_n265_ & new_n_n333_ & new_n_n331_;
  assign new_nv390_ = new_n_n20_ & new_n_n333_ & new_nv578_;
  assign new_nv395_ = new_n_n15_ & new_n_n333_ & new_nv578_;
  assign new_nv404_ = new_n_n6_ & new_n_n333_ & new_nv578_;
  assign new_nv418_ = new_n_n238_ & new_nv573_ & new_n_n246_ & new_n_n331_;
  assign new_nv427_ = new_n_n229_ & new_nv573_ & new_n_n246_ & new_n_n331_;
  assign new_nv432_ = new_n_n224_ & new_nv573_ & new_n_n246_ & new_n_n331_;
  assign new_nv449_ = new_n_n208_ & new_nv573_ & new_n_n246_ & new_nv578_;
  assign new_n_n96_ = new_nv485_ | new_nv572_ | new_nv549_ | new_nv453_ | new_nv420_;
  assign new_n_n87_ = new_nv494_ | new_nv572_ | new_nv558_ | new_nv462_ | new_nv429_;
  assign new_nv467_ = new_n_n190_ & new_nv573_ & new_n_n246_ & new_nv578_;
  assign new_n_n80_ = new_nv501_ | new_nv572_ | new_nv565_ | new_nv469_ | new_nv436_;
  assign new_nv474_ = new_n_n183_ & new_nv573_ & new_n_n246_ & new_nv578_;
  assign new_nv486_ = new_n_n171_ & new_n_n333_ & new_n_n246_ & new_n_n331_;
  assign new_nv495_ = new_n_n162_ & new_n_n333_ & new_n_n246_ & new_n_n331_;
  assign new_nv554_ = new_n_n46_ & new_n_n333_ & new_n_n246_ & new_nv578_;
  assign new_nv563_ = new_n_n37_ & new_n_n333_ & new_n_n246_ & new_nv578_;
  assign new_nv578_ = ~new_n_n331_;
  assign new_nv278_ = new_n_n321_ & new_nv573_ & new_n_n331_;
  assign new_nv289_ = new_n_n310_ & new_nv573_ & new_n_n331_;
  assign new_nv297_ = new_n_n303_ & new_nv573_ & new_nv578_;
  assign new_n_n129_ = new_nv302_ | new_nv386_ | new_nv273_ | new_nv330_;
  assign new_nv306_ = new_n_n294_ & new_nv573_ & new_nv578_;
  assign new_n_n120_ = new_nv311_ | new_nv395_ | new_nv282_ | new_nv339_;
  assign new_nv315_ = new_n_n285_ & new_nv573_ & new_nv578_;
  assign new_n_n111_ = new_nv320_ | new_nv404_ | new_nv291_ | new_nv348_;
  assign new_nv324_ = new_n_n276_ & new_nv573_ & new_nv578_;
  assign new_nv334_ = new_n_n266_ & new_n_n333_ & new_n_n331_;
  assign new_nv350_ = new_n_n250_ & new_n_n333_ & new_n_n331_;
  assign new_nv389_ = new_n_n21_ & new_n_n333_ & new_nv578_;
  assign new_nv396_ = new_n_n14_ & new_n_n333_ & new_nv578_;
  assign new_nv407_ = new_n_n3_ & new_n_n333_ & new_nv578_;
  assign new_nv415_ = new_n_n241_ & new_nv573_ & new_n_n246_ & new_n_n331_;
  assign new_nv426_ = new_n_n230_ & new_nv573_ & new_n_n246_ & new_n_n331_;
  assign new_nv433_ = new_n_n223_ & new_nv573_ & new_n_n246_ & new_n_n331_;
  assign new_nv444_ = new_n_n213_ & new_nv573_ & new_n_n246_ & new_nv578_;
  assign new_nv453_ = new_n_n204_ & new_nv573_ & new_n_n246_ & new_nv578_;
  assign new_nv461_ = new_n_n196_ & new_nv573_ & new_n_n246_ & new_nv578_;
  assign new_n_n83_ = new_nv498_ | new_nv572_ | new_nv562_ | new_nv466_ | new_nv433_;
  assign new_nv470_ = new_n_n187_ & new_nv573_ & new_n_n246_ & new_nv578_;
  assign new_nv476_ = new_n_n181_ & new_n_n333_ & new_n_n246_ & new_n_n331_;
  assign new_nv483_ = new_n_n174_ & new_n_n333_ & new_n_n246_ & new_n_n331_;
  assign new_nv494_ = new_n_n163_ & new_n_n333_ & new_n_n246_ & new_n_n331_;
  assign new_nv501_ = new_n_n156_ & new_n_n333_ & new_n_n246_ & new_n_n331_;
  assign new_nv544_ = new_n_n56_ & new_n_n333_ & new_n_n246_ & new_nv578_;
  assign new_nv604_ = ~new_n_n149_;
  assign new_nv279_ = new_n_n320_ & new_nv573_ & new_n_n331_;
  assign new_nv288_ = new_n_n311_ & new_nv573_ & new_n_n331_;
  assign new_n_n134_ = new_nv297_ | new_nv381_ | new_nv268_ | new_nv325_;
  assign new_nv302_ = new_n_n298_ & new_nv573_ & new_nv578_;
  assign new_n_n125_ = new_nv306_ | new_nv390_ | new_nv277_ | new_nv334_;
  assign new_nv311_ = new_n_n289_ & new_nv573_ & new_nv578_;
  assign new_n_n116_ = new_nv315_ | new_nv399_ | new_nv286_ | new_nv343_;
  assign new_nv320_ = new_n_n280_ & new_nv573_ & new_nv578_;
  assign new_n_n107_ = new_nv324_ | new_nv408_ | new_nv295_ | new_nv352_;
  assign new_nv333_ = new_n_n267_ & new_n_n333_ & new_n_n331_;
  assign new_nv351_ = new_n_n249_ & new_n_n333_ & new_n_n331_;
  assign new_nv388_ = new_n_n22_ & new_n_n333_ & new_nv578_;
  assign new_nv397_ = new_n_n13_ & new_n_n333_ & new_nv578_;
  assign new_nv406_ = new_n_n4_ & new_n_n333_ & new_nv578_;
  assign new_nv416_ = new_n_n240_ & new_nv573_ & new_n_n246_ & new_n_n331_;
  assign new_nv425_ = new_n_n231_ & new_nv573_ & new_n_n246_ & new_n_n331_;
  assign new_nv434_ = new_n_n222_ & new_nv573_ & new_n_n246_ & new_n_n331_;
  assign new_n_n106_ = new_nv475_ | new_nv572_ | new_nv539_ | new_nv443_ | new_nv410_;
  assign new_nv448_ = new_n_n209_ & new_nv573_ & new_n_n246_ & new_nv578_;
  assign new_n_n88_ = new_nv493_ | new_nv572_ | new_nv557_ | new_nv461_ | new_nv428_;
  assign new_nv466_ = new_n_n191_ & new_nv573_ & new_n_n246_ & new_nv578_;
  assign new_n_n79_ = new_nv502_ | new_nv572_ | new_nv566_ | new_nv470_ | new_nv437_;
  assign new_nv475_ = new_n_n182_ & new_n_n333_ & new_n_n246_ & new_n_n331_;
  assign new_nv484_ = new_n_n173_ & new_n_n333_ & new_n_n246_ & new_n_n331_;
  assign new_nv493_ = new_n_n164_ & new_n_n333_ & new_n_n246_ & new_n_n331_;
  assign new_nv502_ = new_n_n155_ & new_n_n333_ & new_n_n246_ & new_n_n331_;
  assign new_nv543_ = new_n_n57_ & new_n_n333_ & new_n_n246_ & new_nv578_;
  assign new_n_n2_ = ~new_n_n276_;
  assign new_nv580_ = new_n_n144_ & new_nv573_ & new_n_n149_ & new_nv578_;
  assign new_n_n68_ = new_nv590_ | new_nv605_ | new_nv603_ | new_nv585_ | new_nv577_;
  assign new_nv602_ = new_n_n63_ & new_n_n333_ & new_n_n149_ & new_nv578_;
  assign new_n_n59_ = ~new_n_n212_;
  assign new_n_n48_ = ~new_n_n201_;
  assign new_n_n74_ = new_nv597_ | new_nv579_;
  assign new_nv586_ = new_n_n149_ & new_n_n333_ & new_n_n331_;
  assign new_nv601_ = new_n_n64_ & new_n_n333_ & new_n_n149_ & new_nv578_;
  assign new_n_n58_ = ~new_n_n211_;
  assign new_n_n49_ = ~new_n_n202_;
  assign new_nv579_ = new_n_n145_ & new_nv573_ & new_n_n149_ & new_nv578_;
  assign new_nv587_ = new_n_n138_ & new_nv586_;
  assign new_nv605_ = new_nv604_ & new_n_n333_;
  assign new_n_n61_ = ~new_n_n214_;
  assign new_n_n50_ = ~new_n_n203_;
  assign new_nv577_ = new_n_n146_ & new_nv573_ & new_n_n149_ & new_n_n331_;
  assign new_nv588_ = new_n_n137_ & new_nv586_;
  assign new_nv603_ = new_n_n62_ & new_n_n333_ & new_n_n149_ & new_nv578_;
  assign new_n_n60_ = ~new_n_n213_;
  assign new_n_n51_ = ~new_n_n204_;
  assign new_nv571_ = ~new_n_n246_;
  assign new_nv576_ = new_n_n147_ & new_nv573_ & new_n_n149_ & new_n_n331_;
  assign new_n_n41_ = ~new_n_n194_;
  assign new_n_n30_ = ~new_n_n183_;
  assign new_n_n19_ = ~new_n_n293_;
  assign new_n_n8_ = ~new_n_n282_;
  assign new_nv575_ = new_n_n148_ & new_nv573_ & new_n_n149_ & new_n_n331_;
  assign new_n_n40_ = ~new_n_n193_;
  assign new_n_n31_ = ~new_n_n184_;
  assign new_n_n18_ = ~new_n_n292_;
  assign new_n_n9_ = ~new_n_n283_;
  assign new_n_n39_ = ~new_n_n192_;
  assign new_n_n28_ = ~new_n_n302_;
  assign new_n_n21_ = ~new_n_n295_;
  assign new_n_n10_ = ~new_n_n284_;
  assign new_n_n38_ = ~new_n_n191_;
  assign new_n_n29_ = ~new_n_n303_;
  assign new_n_n20_ = ~new_n_n294_;
  assign new_n_n11_ = ~new_n_n285_;
  assign new_n_n67_ = ~new_n_n144_;
  assign new_n_n56_ = ~new_n_n209_;
  assign new_n_n45_ = ~new_n_n198_;
  assign new_n_n34_ = ~new_n_n187_;
  assign new_n_n23_ = ~new_n_n297_;
  assign new_n_n12_ = ~new_n_n286_;
  assign new_n_n66_ = ~new_n_n143_;
  assign new_n_n57_ = ~new_n_n210_;
  assign new_n_n44_ = ~new_n_n197_;
  assign new_n_n35_ = ~new_n_n188_;
  assign new_n_n22_ = ~new_n_n296_;
  assign new_n_n13_ = ~new_n_n287_;
  assign new_n_n71_ = new_nv587_ | new_nv605_ | new_nv600_ | new_nv582_ | new_nv574_;
  assign new_nv590_ = new_n_n135_ & new_nv586_;
  assign new_n_n43_ = ~new_n_n196_;
  assign new_n_n32_ = ~new_n_n185_;
  assign new_n_n25_ = ~new_n_n299_;
  assign new_n_n14_ = ~new_n_n288_;
  assign new_nv583_ = new_n_n141_ & new_nv573_ & new_n_n149_ & new_nv578_;
  assign new_nv589_ = new_n_n136_ & new_nv586_;
  assign new_n_n42_ = ~new_n_n195_;
  assign new_n_n33_ = ~new_n_n186_;
  assign new_n_n24_ = ~new_n_n298_;
  assign new_n_n15_ = ~new_n_n289_;
  assign new_nv582_ = new_n_n142_ & new_nv573_ & new_n_n149_ & new_nv578_;
  assign new_n_n70_ = new_nv588_ | new_nv605_ | new_nv601_ | new_nv583_ | new_nv575_;
  assign new_nv598_ = new_n_n67_ & new_n_n333_ & new_n_n149_ & new_nv578_;
  assign new_n_n63_ = ~new_n_n140_;
  assign new_n_n52_ = ~new_n_n205_;
  assign new_n_n27_ = ~new_n_n301_;
  assign new_n_n16_ = ~new_n_n290_;
  assign new_n_n72_ = new_nv581_ | new_nv599_ | new_nv605_ | new_nv586_;
  assign new_nv584_ = new_n_n140_ & new_nv573_ & new_n_n149_ & new_nv578_;
  assign new_nv597_ = new_n_n145_ & new_n_n333_ & new_n_n149_ & new_nv578_;
  assign new_n_n62_ = ~new_n_n139_;
  assign new_n_n53_ = ~new_n_n206_;
  assign new_n_n26_ = ~new_n_n300_;
  assign new_n_n17_ = ~new_n_n291_;
  assign new_nv581_ = new_n_n143_ & new_nv573_ & new_n_n149_ & new_nv578_;
  assign new_n_n69_ = new_nv589_ | new_nv605_ | new_nv602_ | new_nv584_ | new_nv576_;
  assign new_nv600_ = new_n_n65_ & new_n_n333_ & new_n_n149_ & new_nv578_;
  assign new_n_n65_ = ~new_n_n142_;
  assign new_n_n54_ = ~new_n_n207_;
  assign new_n_n47_ = ~new_n_n200_;
  assign new_n_n36_ = ~new_n_n189_;
  assign new_n_n73_ = new_nv580_ | new_nv598_ | new_nv605_ | new_nv586_;
  assign new_nv585_ = new_n_n139_ & new_nv573_ & new_n_n149_ & new_nv578_;
  assign new_nv599_ = new_n_n66_ & new_n_n333_ & new_n_n149_ & new_nv578_;
  assign new_n_n64_ = ~new_n_n141_;
  assign new_n_n55_ = ~new_n_n208_;
  assign new_n_n46_ = ~new_n_n199_;
  assign new_n_n37_ = ~new_n_n190_;
endmodule